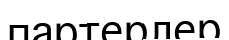
партерлер